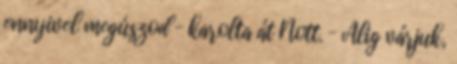
ennyivel megúszod – karolta át Nott. – Alig várjuk,